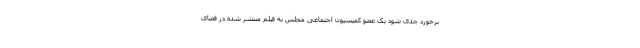
برخورد جدی شود یک عضو کمیسیون اجتماعی مجلس به فیلم منتشر شده در فضای